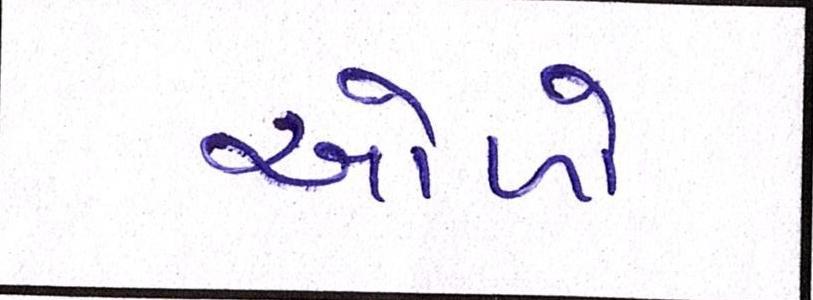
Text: ઓળો